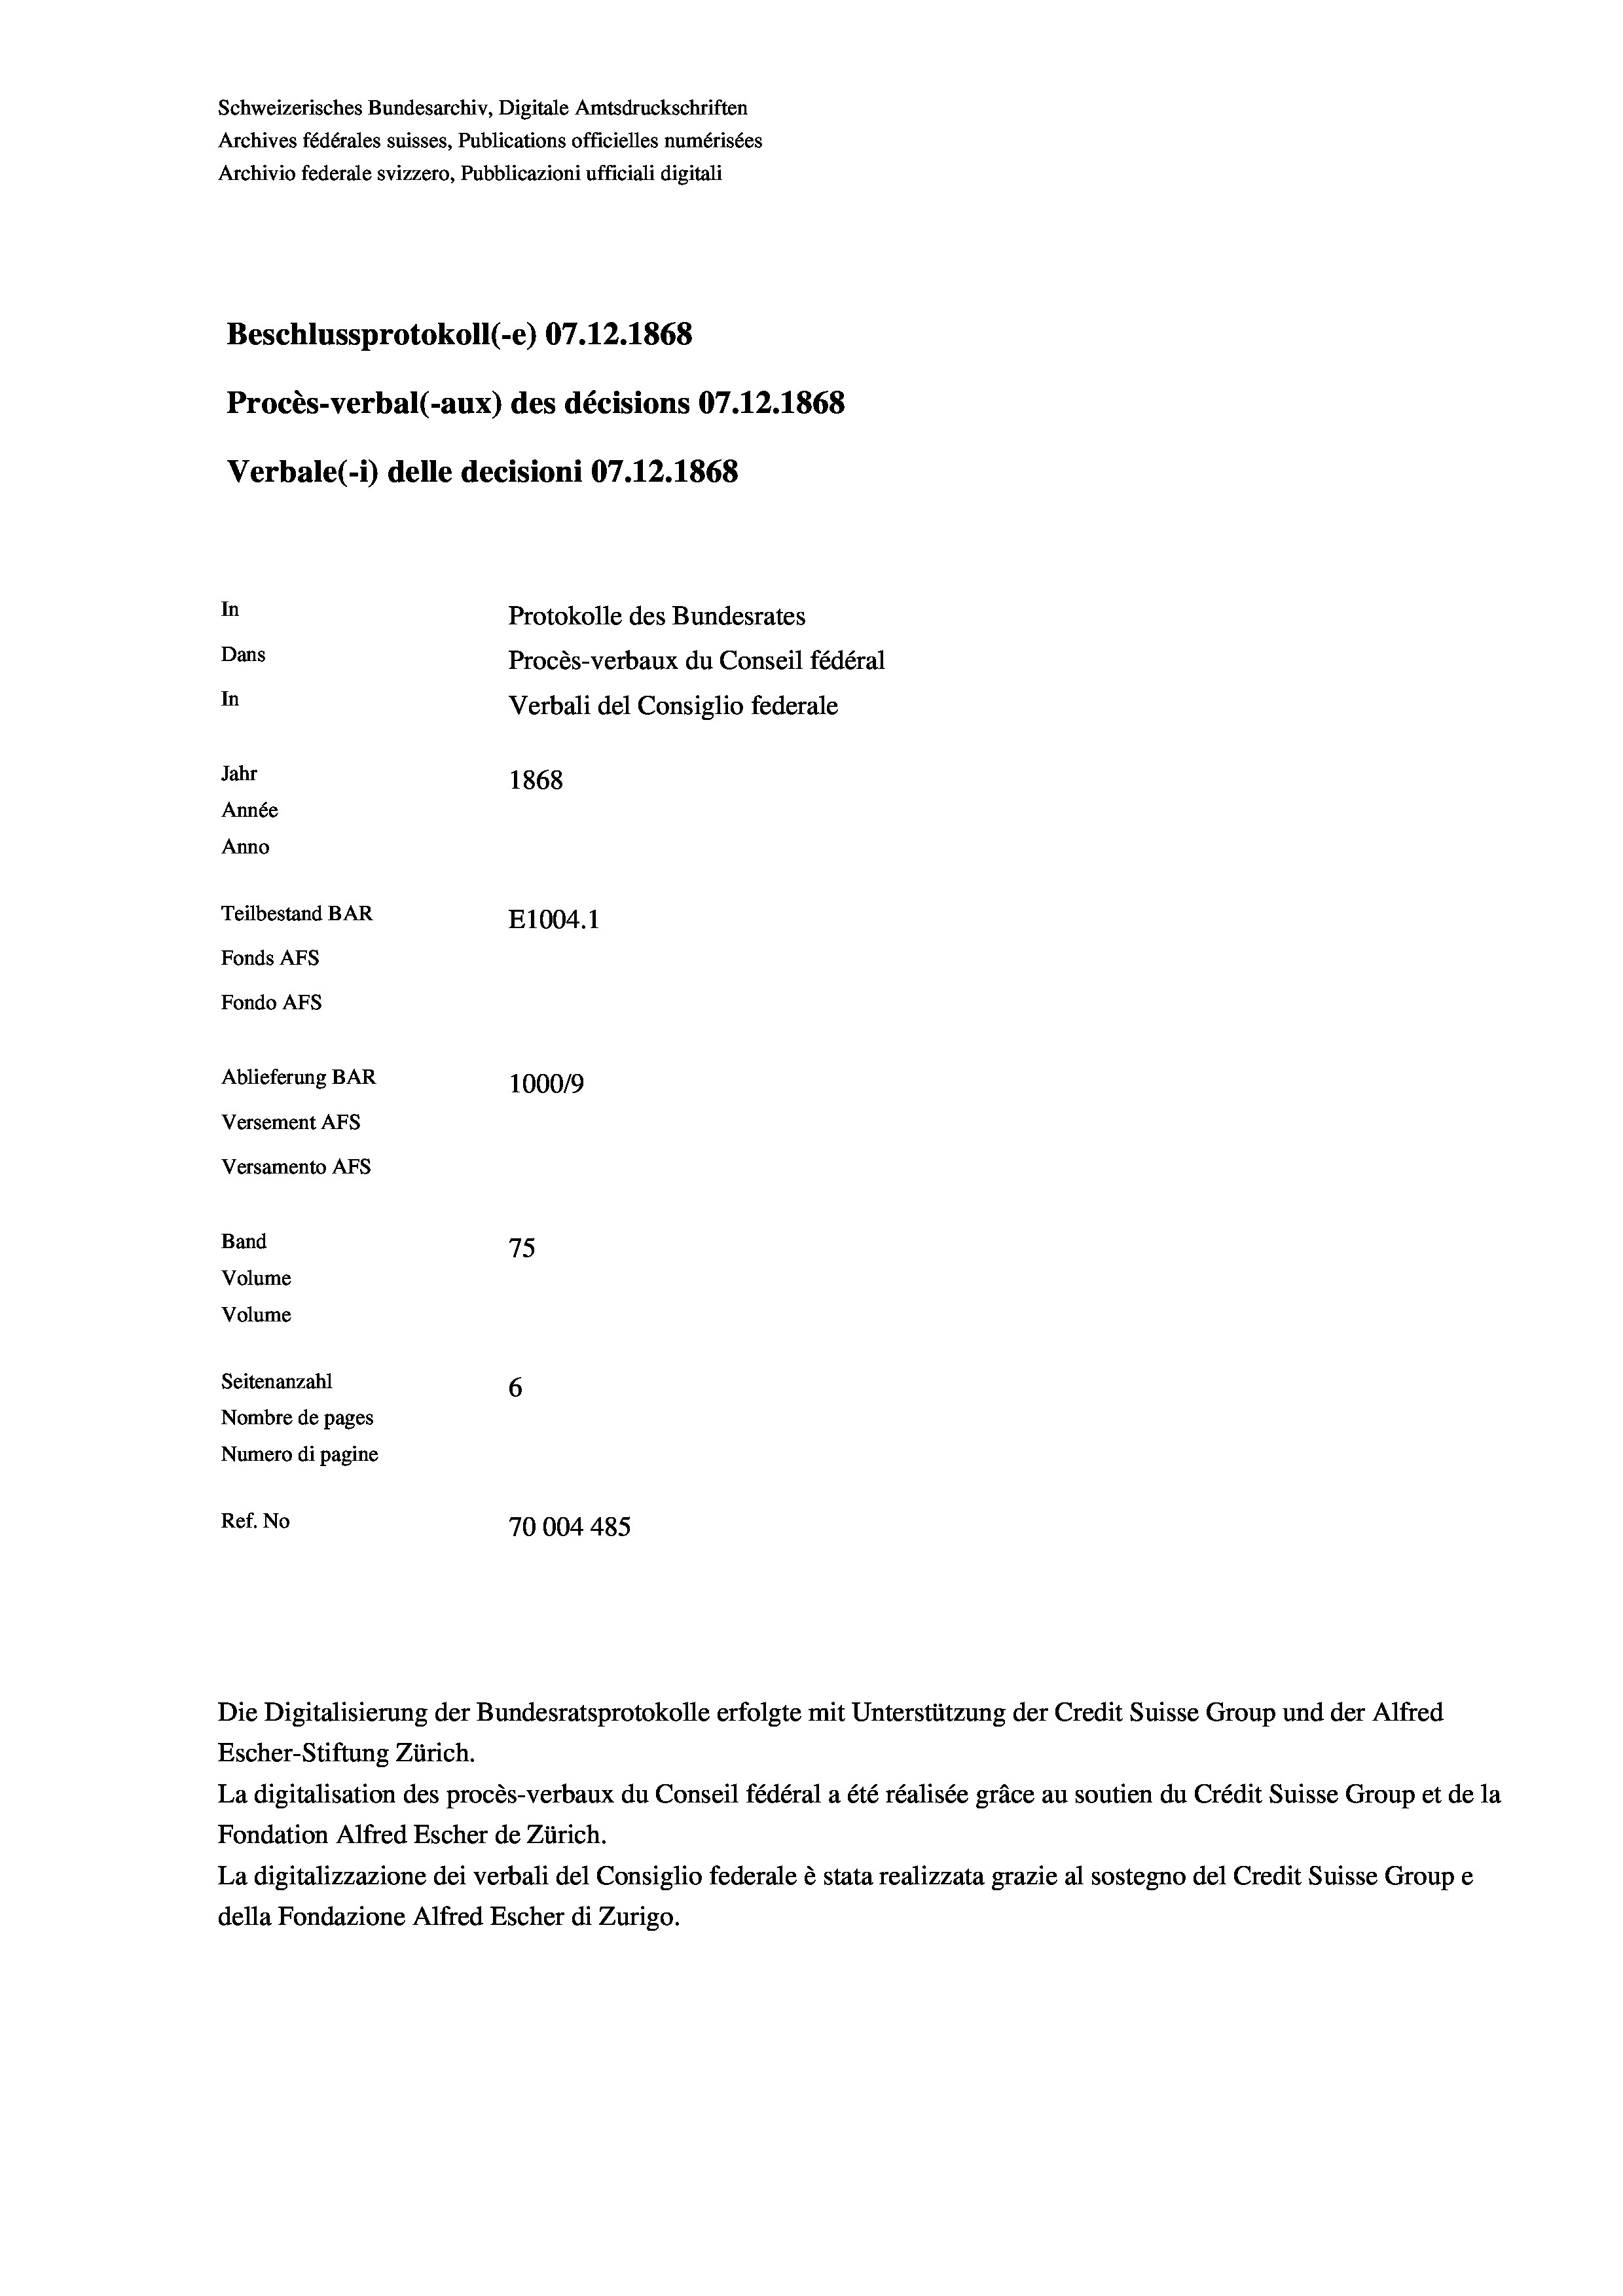
Schweizerisches Bundesarchiv, Digitale Amtsdruckschriften
Archives fédérales suisses, Publications officielles numérisées
Archivio federale svizzero, Pubblicazioni ufficiali digitali
Beschlussprotokoll (-e) 07.12.1868
Procès-verbal (-aux) des décisions 07.12.1868
Verbale (- 1) delle decisioni 07.12.1868
In
Protokolle des Bundesrates
Dans
Procès-verbaux du Conseil fédéral
In
Verbali del Consiglio federale
Jahr
1868
Année
Anno
Teilbestand BAR
E1004.1
Fonds Afs
Fondo AFs
Ablieferung BAR
100019
Versement AFS
Versamento Afs
Band
75
Volume
Volume
Seitenanzahl
6
Nombre de pages
Numero di pagine
Ref. No
70004 485

Escher-Stiftung Zürich.
La digitalisation des procès-verbaux du Conseil fédéral a été réalisée gräce au soutien du Crédit Suisse Group et de la
Fondation Alfred Escher de Zürich.
La digitalizzazione dei verbali del Consiglio federale è stata realizzata grazie al sostegno del Credit Suisse Groupe
della Fondazione Alfred Escher di Zurigo.

Die Digitalisierung der Bundesratsprotokolle erfolgte mit Unterstützung der Credit Suisse Group und der Alfred